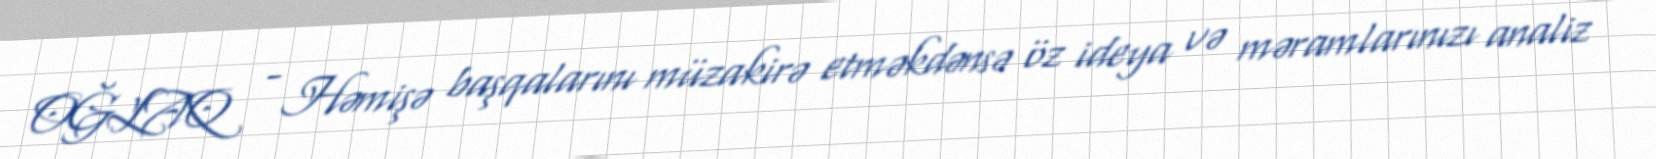
OĞLAQ - Həmişə başqalarını müzakirə etməkdənsə öz ideya və məramlarınızı analiz